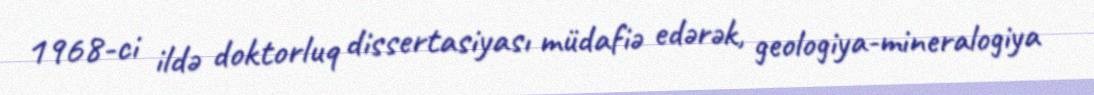
1968-ci ildə doktorluq dissertasiyası müdafiə edərək, geologiya-mineralogiya